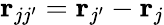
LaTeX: \mathbf{r}_{jj^{\prime}}=\mathbf r_{j^{\prime}}-\mathbf r_{j}